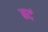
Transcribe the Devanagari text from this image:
बदं